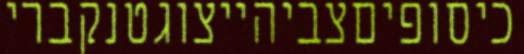
כיסופיםצביהייצוגטנקברי